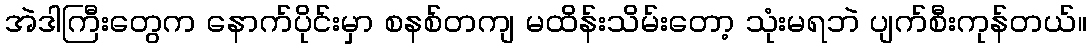
အဲဒါကြီးတွေက နောက်ပိုင်းမှာ စနစ်တကျ မထိန်းသိမ်းတော့ သုံးမရဘဲ ပျက်စီးကုန်တယ်။